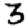
Digit: 3